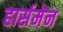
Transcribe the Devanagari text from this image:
हार्समेन